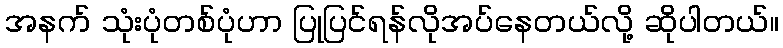
အနက် သုံးပုံတစ်ပုံဟာ ပြုပြင်ရန်လိုအပ်နေတယ်လို့ ဆိုပါတယ်။